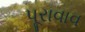
પૂરાવાવ